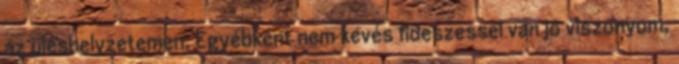
az üléshelyzetemen. Egyébként nem kevés fideszessel van jó viszonyom,